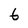
Character: 6